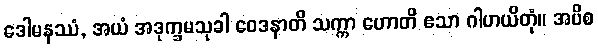
ဒေါမနဿံ, အယံ အဒုက္ခမသုခါ ဝေဒနာတိ သက္ကာ ဟောတိ ဧသာ ဂါဟယိတုံ။ အပိစ